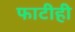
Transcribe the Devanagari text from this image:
फाटीही